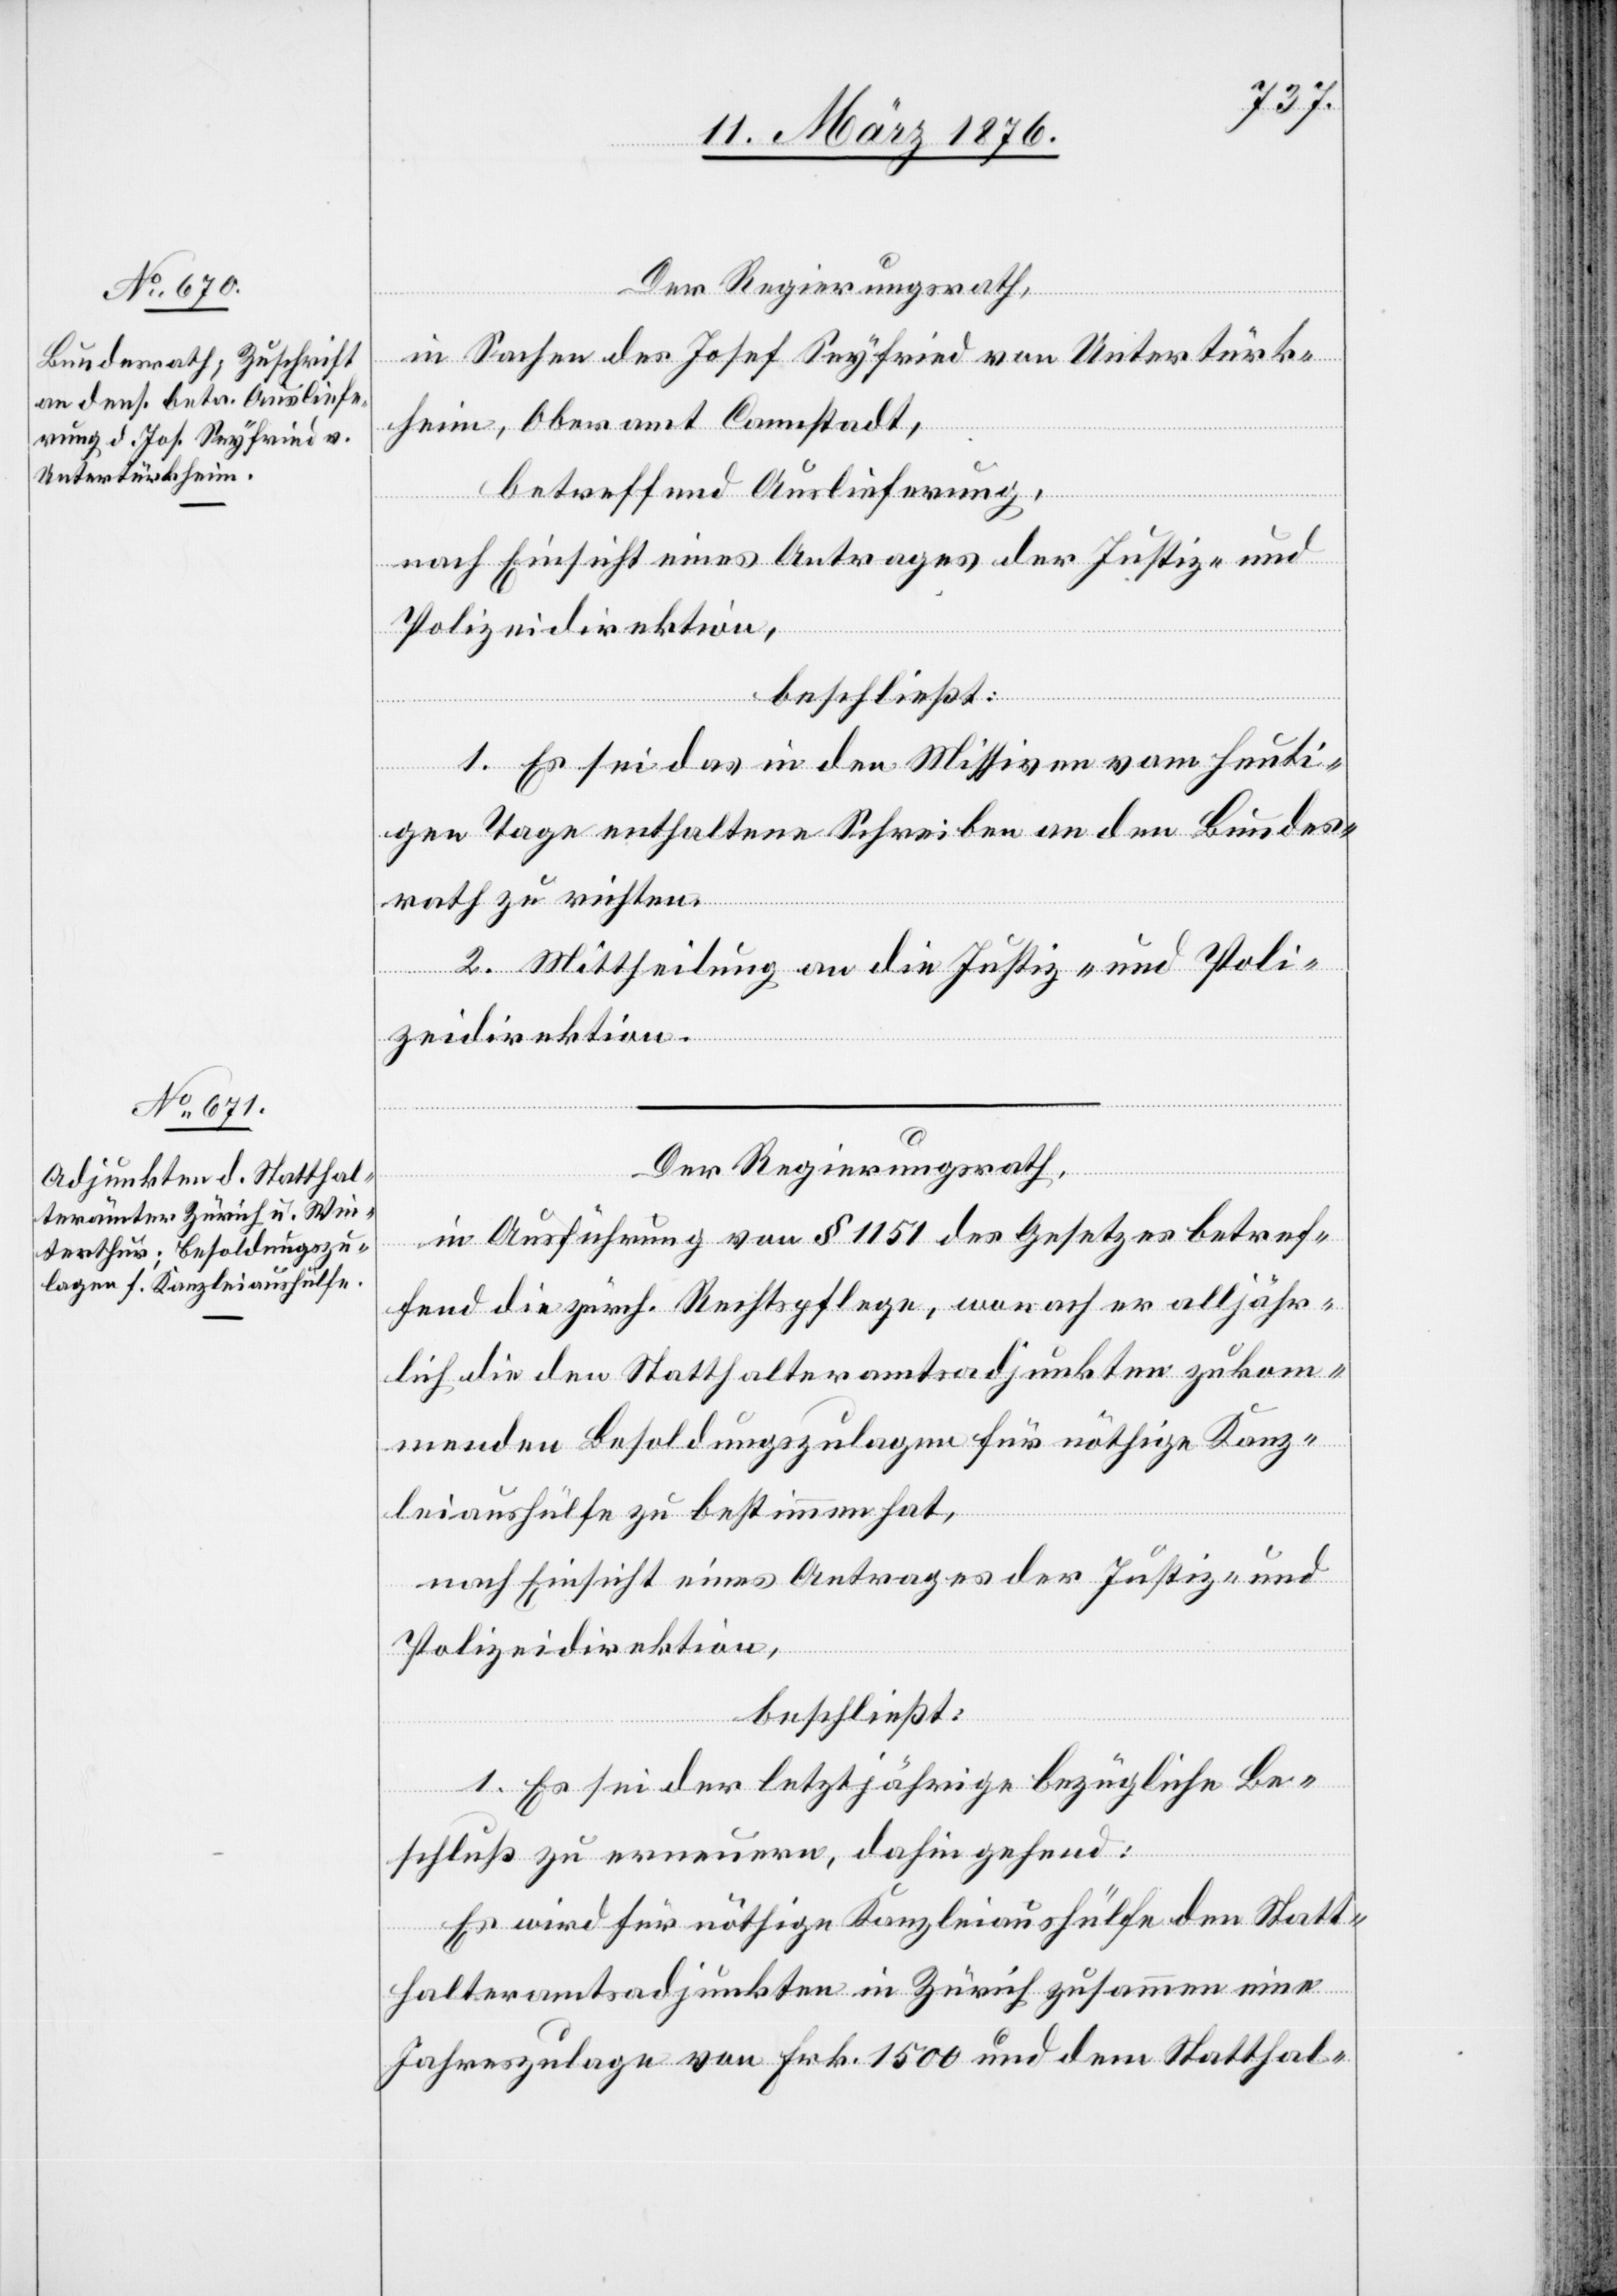
Der Regierungsrath,
in Sachen des Josef Seyfried von Untertürk¬
heim, Oberamt Cannstadt,
betreffend Auslieferung,
nach Einsicht eines Antrages der Justiz- und
Polizeidirektion,
beschließt:
1. Es sei das in den Missiven vom heuti¬
gen Tage enthaltene Schreiben an den Bundes¬
rath zu richten.
2. Mittheilung an die Justiz- und Poli¬
zeidirektion.
Der Regierungsrath,
in Ausführung von § 1151 des Gesetzes betref¬
fend die zürch. Rechtspflege, wonach er alljähr¬
lich die den Statthalteramtsadjunkten zukom¬
menden Besoldungszulagen für nöthige Kanz¬
leiaushülfe zu bestimmen hat,
nach Einsicht eines Antrages der Justiz- und
Polizeidirektion,
beschließt:
1. Es sei der letztjährige bezügliche Be¬
schluß zu erneuern, dahin gehend:
Es wird für nöthige Kanzleiaushülfe den Statt¬
halteramtsajdunkten in Zürich zusammen eine
Jahreszulage von Frk. 1500 und dem Statthal-